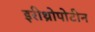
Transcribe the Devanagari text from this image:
इरीथ्रोपोटीन